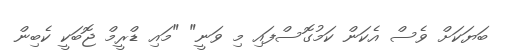
ބަޔަކަށް ވެސް އެކަން ކަމުގޮސްފައި މި ވަނީ" "މައި ޑްރީމް ޖޮބަކީ ކެބިން